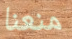
منعنا